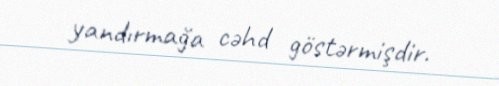
yandırmağa cəhd göstərmişdir.